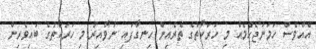
އެއްވެސް ހަމަނުޖެހުމެއް މި ހަރަކާތުގެ ތެރެއިން ހިނގާފައި ނުވާއިރު މި ހަރަކާތުގެ ބައިވެރިން